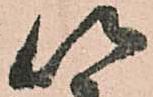
以